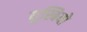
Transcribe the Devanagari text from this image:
युस्बियो